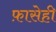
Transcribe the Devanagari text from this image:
फ़ासेही